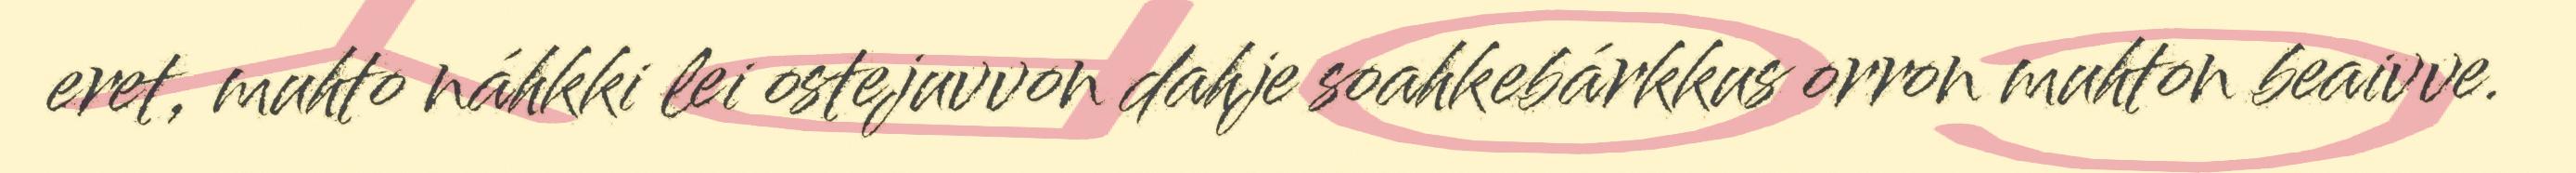
eret, muhto náhkki lei ostejuvvon dahje soahkebárkkus orron muhton beaivve.